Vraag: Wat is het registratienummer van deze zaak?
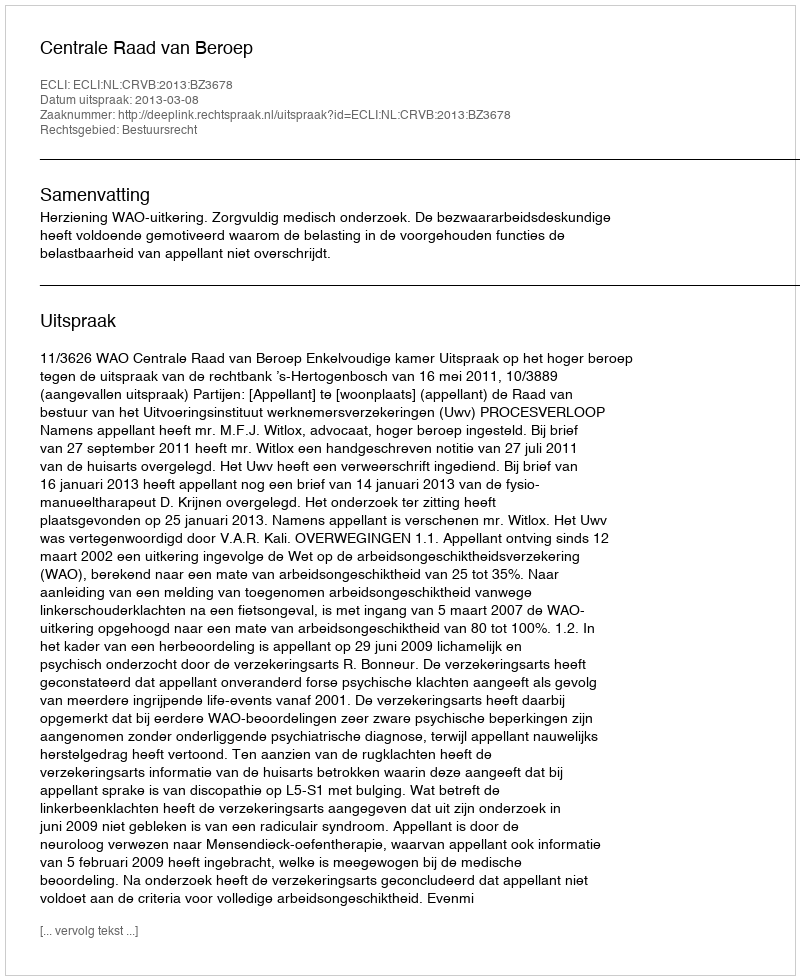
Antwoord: http://deeplink.rechtspraak.nl/uitspraak?id=ECLI:NL:CRVB:2013:BZ3678